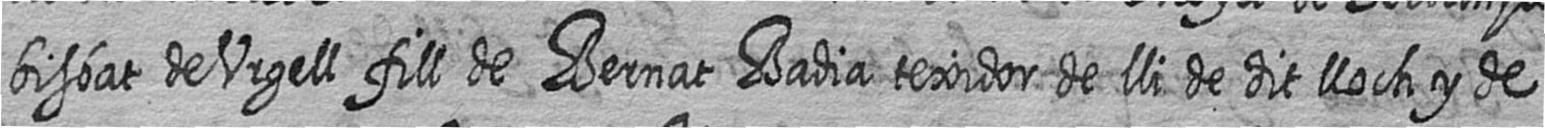
bisbat de Urgell fill de Bernat Badia texidor de lli de dit lloch y de